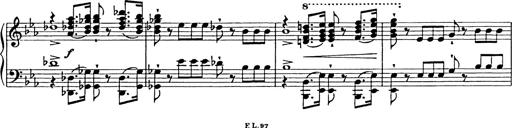
Title: Festmarsch zur SÃ¤cularfeier von Goethes Geburtstag
Composer: Franz Liszt